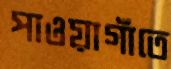
পাওয়াগাঁতে